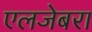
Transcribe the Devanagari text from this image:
एलजेबरा